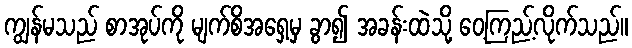
ကျွန်မသည် စာအုပ်ကို မျက်စိအရှေ့မှ ခွာ၍ အခန်းထဲသို့ ဝေ့ကြည့်လိုက်သည်။